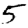
Digit: 5